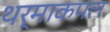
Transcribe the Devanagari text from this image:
थर्माकपल